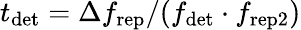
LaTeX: t_{\mathrm{det}}=\Delta f_{\mathrm{rep}}/(f_{\mathrm{det}}\cdot f_{\mathrm{rep2}})